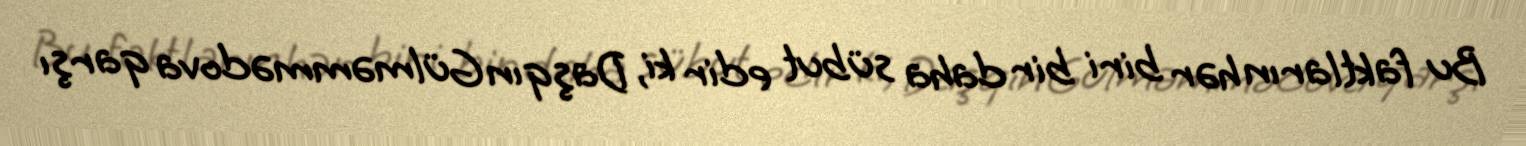
Bu faktların hər biri bir daha sübut edir ki, Daşqın Gülməmmədova qarşı